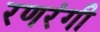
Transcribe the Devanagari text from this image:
रणरंगी